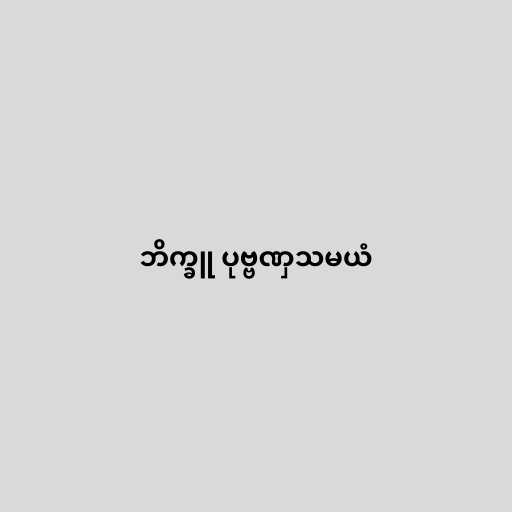
ဘိက္ခူ ပုဗ္ဗဏှသမယံ